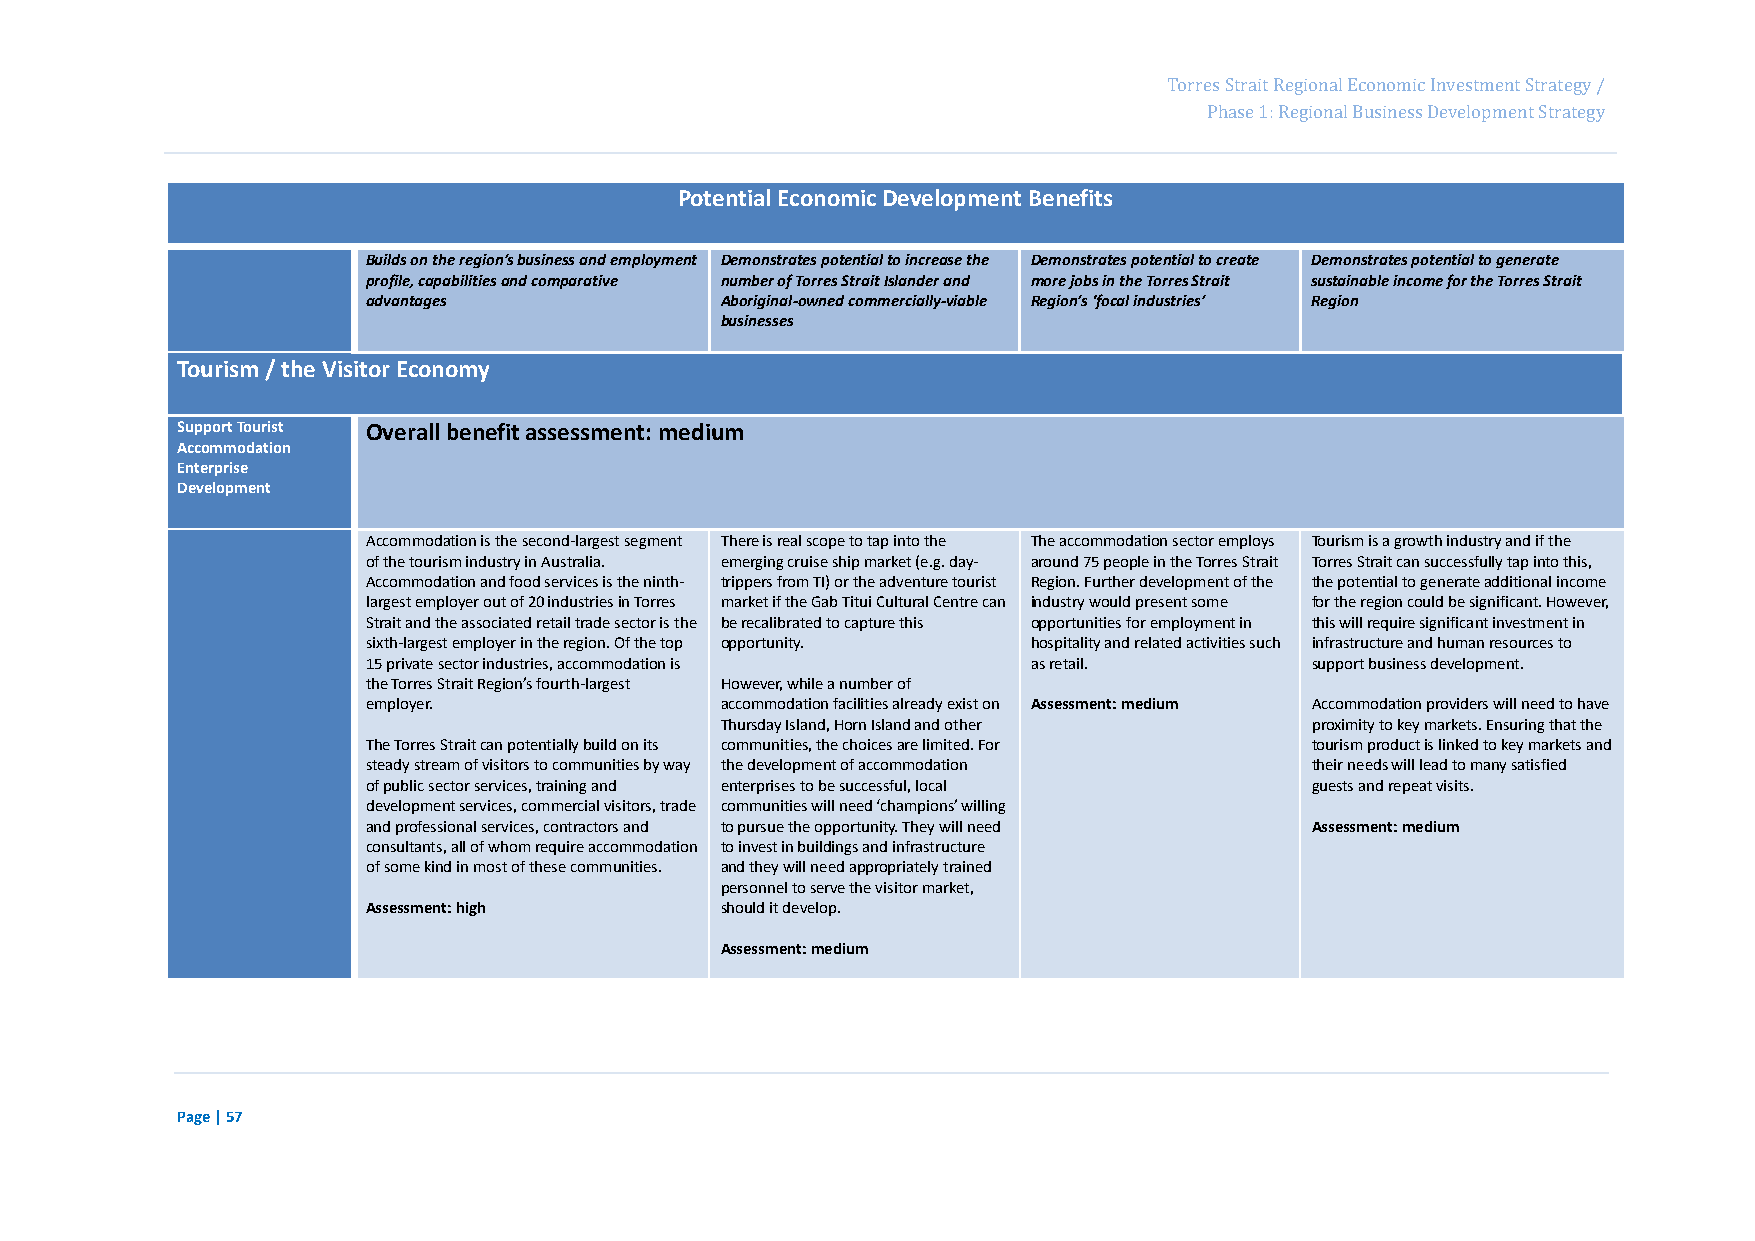
Page 73
 Torres Strait Regional Economic Investment Strategy /
 Phase 1: Regional Business Development Strategy
 Potential Economic Development Benefits
 Builds on the region’s business and employment Demonstrates potential to increase the Demonstrates potential to create Demonstrates potential to generate
 profile, capabilities and comparative number of Torres Strait Islander and more jobs in the Torres Strait sustainable income for the Torres Strait
 advantages              Aboriginal-owned commercially-viable Region’s ‘focal industries’ Region
 businesses
 Tourism / the Visitor Economy
 Support Tourist Overall benefit assessment: medium
 Accommodation
 Enterprise
 Development
 Accommodation is the second-largest segment There is real scope to tap into the The accommodation sector employs Tourism is a growth industry and if the
 of the tourism industry in Australia. emerging cruise ship market (e.g. day- around 75 people in the Torres Strait Torres Strait can successfully tap into this,
 Accommodation and food services is the ninth- trippers from TI) or the adventure tourist Region. Further development of the the potential to generate additional income
 largest employer out of 20 industries in Torres market if the Gab Titui Cultural Centre can industry would present some for the region could be significant. However,
 Strait and the associated retail trade sector is the be recalibrated to capture this opportunities for employment in this will require significant investment in
 sixth-largest employer in the region. Of the top opportunity. hospitality and related activities such infrastructure and human resources to
 15 private sector industries, accommodation is as retail.      support business development.
 the Torres Strait Region’s fourth-largest However, while a number of
 employer.               accommodation facilities already exist on Assessment: medium Accommodation providers will need to have
 Thursday Island, Horn Island and other proximity to key markets. Ensuring that the
 The Torres Strait can potentially build on its communities, the choices are limited. For tourism product is linked to key markets and
 steady stream of visitors to communities by way the development of accommodation their needs will lead to many satisfied
 of public sector services, training and enterprises to be successful, local guests and repeat visits.
 development services, commercial visitors, trade communities will need ‘champions’ willing
 and professional services, contractors and to pursue the opportunity. They will need Assessment: medium
 consultants, all of whom require accommodation to invest in buildings and infrastructure
 of some kind in most of these communities. and they will need appropriately trained
 personnel to serve the visitor market,
 Assessment: high        should it develop.
 Assessment: medium
 Page | 57